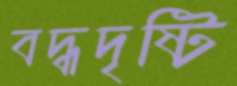
বদ্ধদৃষ্টি